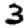
Digit: 3